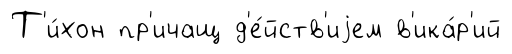
Т'и́хон пр'ичащ д'е́йств'иjем в'ика́р'ий